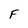
Character: F